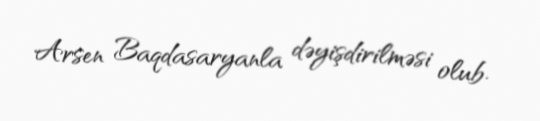
Arsen Baqdasaryanla dəyişdirilməsi olub.